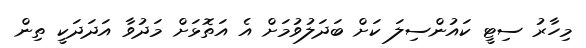
މިހާރު ސިޓީ ކައުންސިލަ ކަށް ބަދަލުވުމަށް އެ އަތޮޅަށް މަދުވާ އަދަދަކީ ތިން